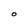
Character: 0